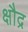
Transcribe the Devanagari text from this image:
क्षौद्र